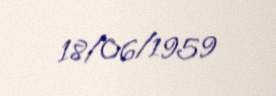
18/06/1959